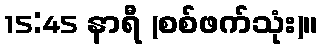
15:45 နာရီ (စစ်ဖက်သုံး)။